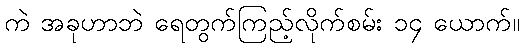
ကဲ အခုဟာဘဲ ရေတွက်ကြည့်လိုက်စမ်း ၁၄ ယောက်။